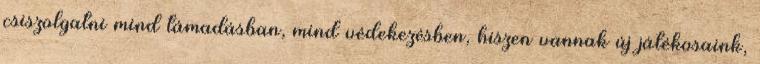
csiszolgatni mind támadásban, mind védekezésben, hiszen vannak új játékosaink,